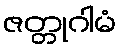
ဇတ္တုဂါမံ